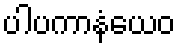
ပါပကာနံယေဝ